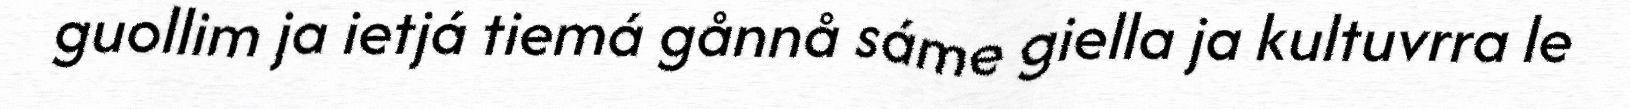
guollim ja ietjá tiemá gånnå sáme giella ja kultuvrra le